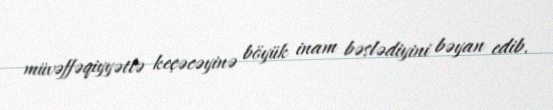
müvəffəqiyyətlə keçəcəyinə böyük inam bəslədiyini bəyan edib.